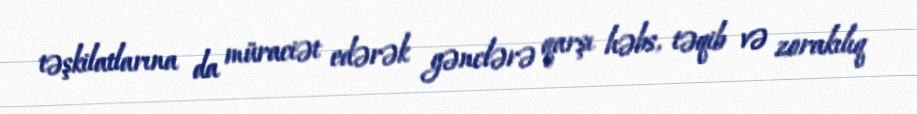
təşkilatlarına da müraciət edərək gənclərə qarşı həbs, təqib və zorakılıq